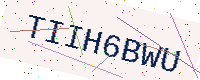
Text: TIIH6BWU